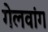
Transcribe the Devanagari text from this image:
गेलवांग